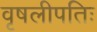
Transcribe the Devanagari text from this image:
वृषलीपतिः